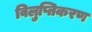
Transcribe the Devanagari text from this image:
विलुप्तिकरण